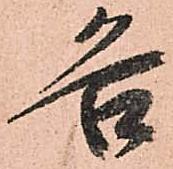
各